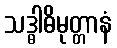
သဒ္ဓါဓိမုတ္တာနံ